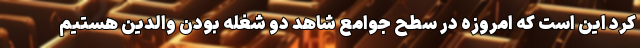
کرد این است که امروزه در سطح جوامع شاهد دو شغله بودن والدین هستیم